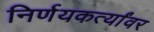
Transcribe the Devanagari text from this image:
निर्णयकर्त्यांवर